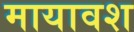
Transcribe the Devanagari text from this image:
मायावश